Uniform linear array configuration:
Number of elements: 12
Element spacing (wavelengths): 0.25
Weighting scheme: hann
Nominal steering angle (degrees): -60
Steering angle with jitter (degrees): -59.255
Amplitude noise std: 0.05
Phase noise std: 0.05

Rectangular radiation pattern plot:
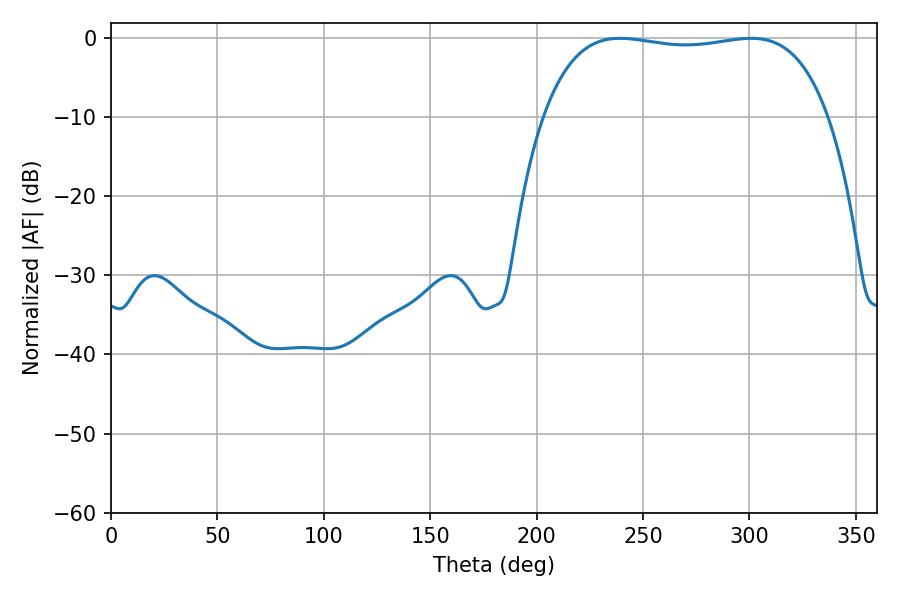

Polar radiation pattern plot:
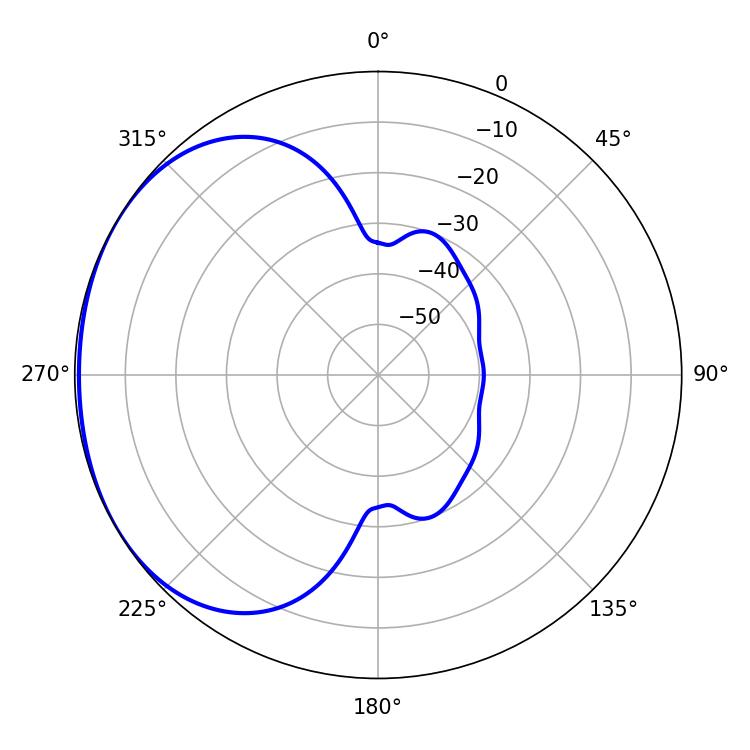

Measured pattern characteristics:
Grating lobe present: FALSE
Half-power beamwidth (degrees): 106.92
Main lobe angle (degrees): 239.22